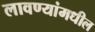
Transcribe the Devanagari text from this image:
लावण्यांमधील